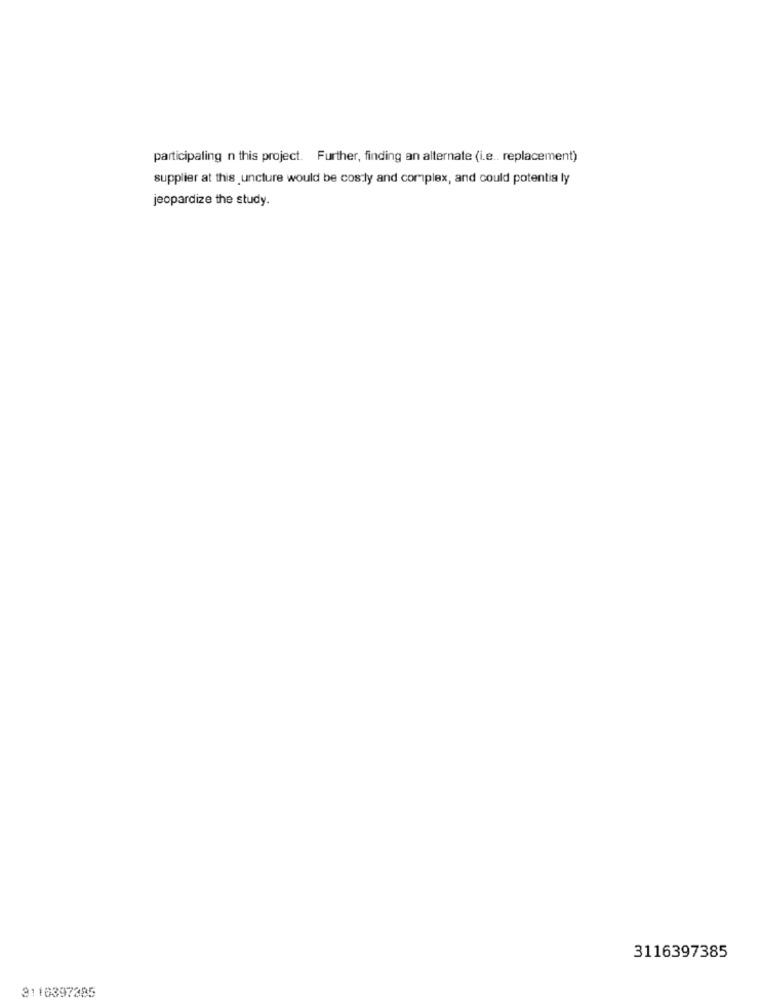
participaling n this project. Further, finding an alternate (i.e .. replacement)
supplier at this uncture would be cos ly and complex, and could potentia ly
jeopardize the study.
3116397385
3110397395